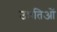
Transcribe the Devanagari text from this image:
उन्नतिओं